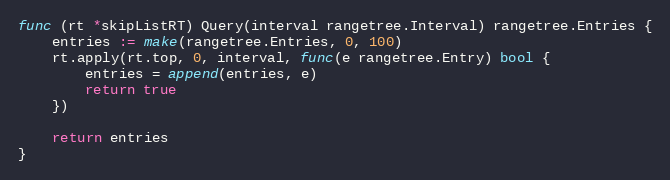
Language: Go
func (rt *skipListRT) Query(interval rangetree.Interval) rangetree.Entries {
	entries := make(rangetree.Entries, 0, 100)
	rt.apply(rt.top, 0, interval, func(e rangetree.Entry) bool {
		entries = append(entries, e)
		return true
	})

	return entries
}